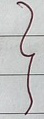
}